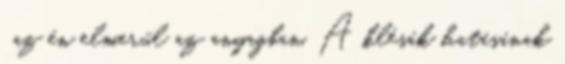
, az én elmerül az anyagban. A klésák hatásának